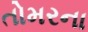
તોમરના